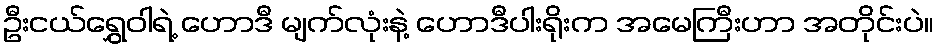
ဦးငယ်ရွှေဝါရဲ့ ဟောဒီ မျက်လုံးနဲ့ ဟောဒီပါးရိုးက အမေကြီးဟာ အတိုင်းပဲ။